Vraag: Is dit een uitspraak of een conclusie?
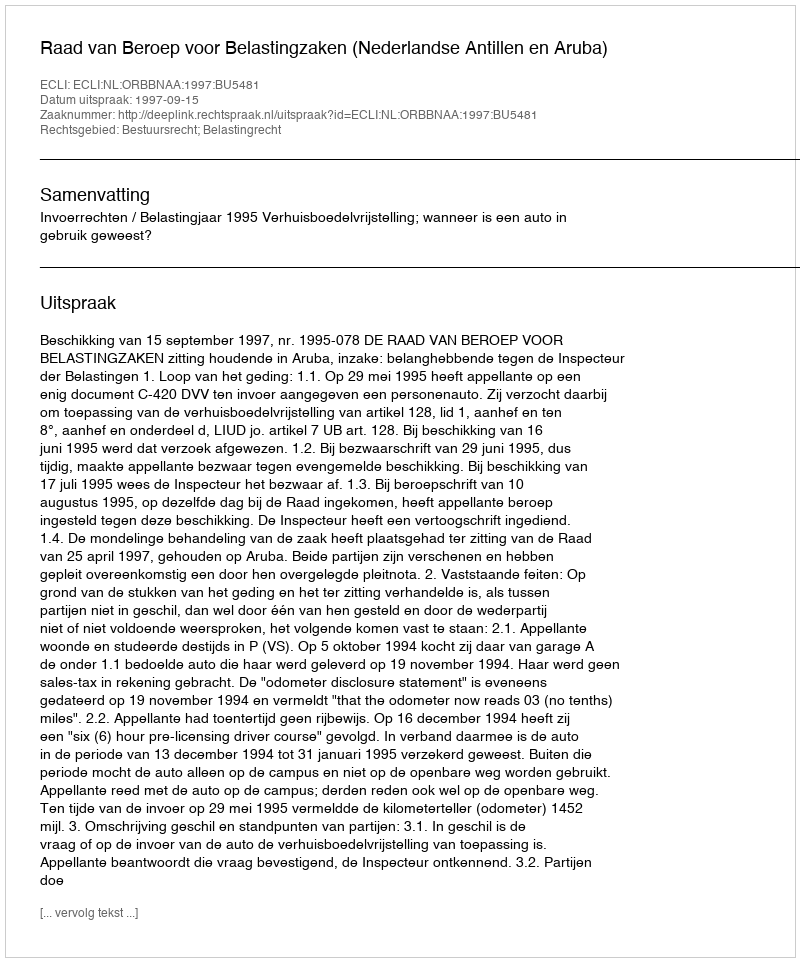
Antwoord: Uitspraak